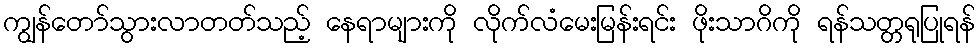
ကျွန်တော်သွားလာတတ်သည့် နေရာများကို လိုက်လံမေးမြန်းရင်း ဖိုးသာဂိကို ရန်သတ္တရုပြုရန်